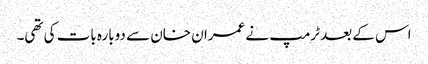
اس کے بعد ٹرمپ نے عمران خان سے دوبارہ بات کی تھی۔